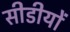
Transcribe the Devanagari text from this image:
सीडीयों